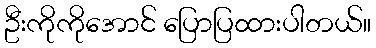
ဦးကိုကိုအောင် ပြောပြထားပါတယ်။